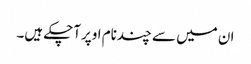
ان میں سے چندنام اوپرآچکے ہیں۔